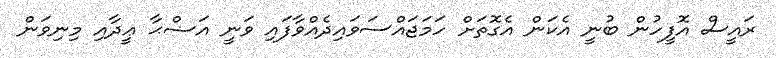
ރައީސް އޮފީހުން ބުނީ އެކަން އެގޮތަށް ހަމަޖައްސަވައިދެއްވާފައި ވަނީ އަޟްޙާ ޢީދާއި މިނިވަން